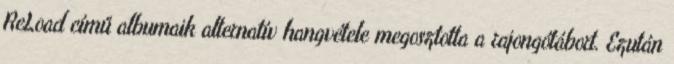
ReLoad című albumaik alternatív hangvétele megosztotta a rajongótábort. Ezután